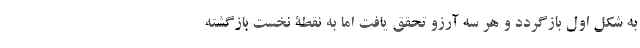
به شکل اول بازگردد و هر سه آرزو تحقق یافت اما به نقطۀ نخست بازگشته